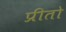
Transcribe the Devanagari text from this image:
प्रीतो